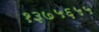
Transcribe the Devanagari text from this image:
१३७५६५५